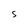
Character: S